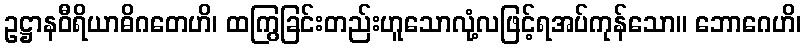
ဥဋ္ဌာနဝီရိယာဓိဂတေဟိ၊ ထကြွခြင်းတည်းဟူသောလုံ့လဖြင့်ရအပ်ကုန်သော။ ဘောဂေဟိ၊